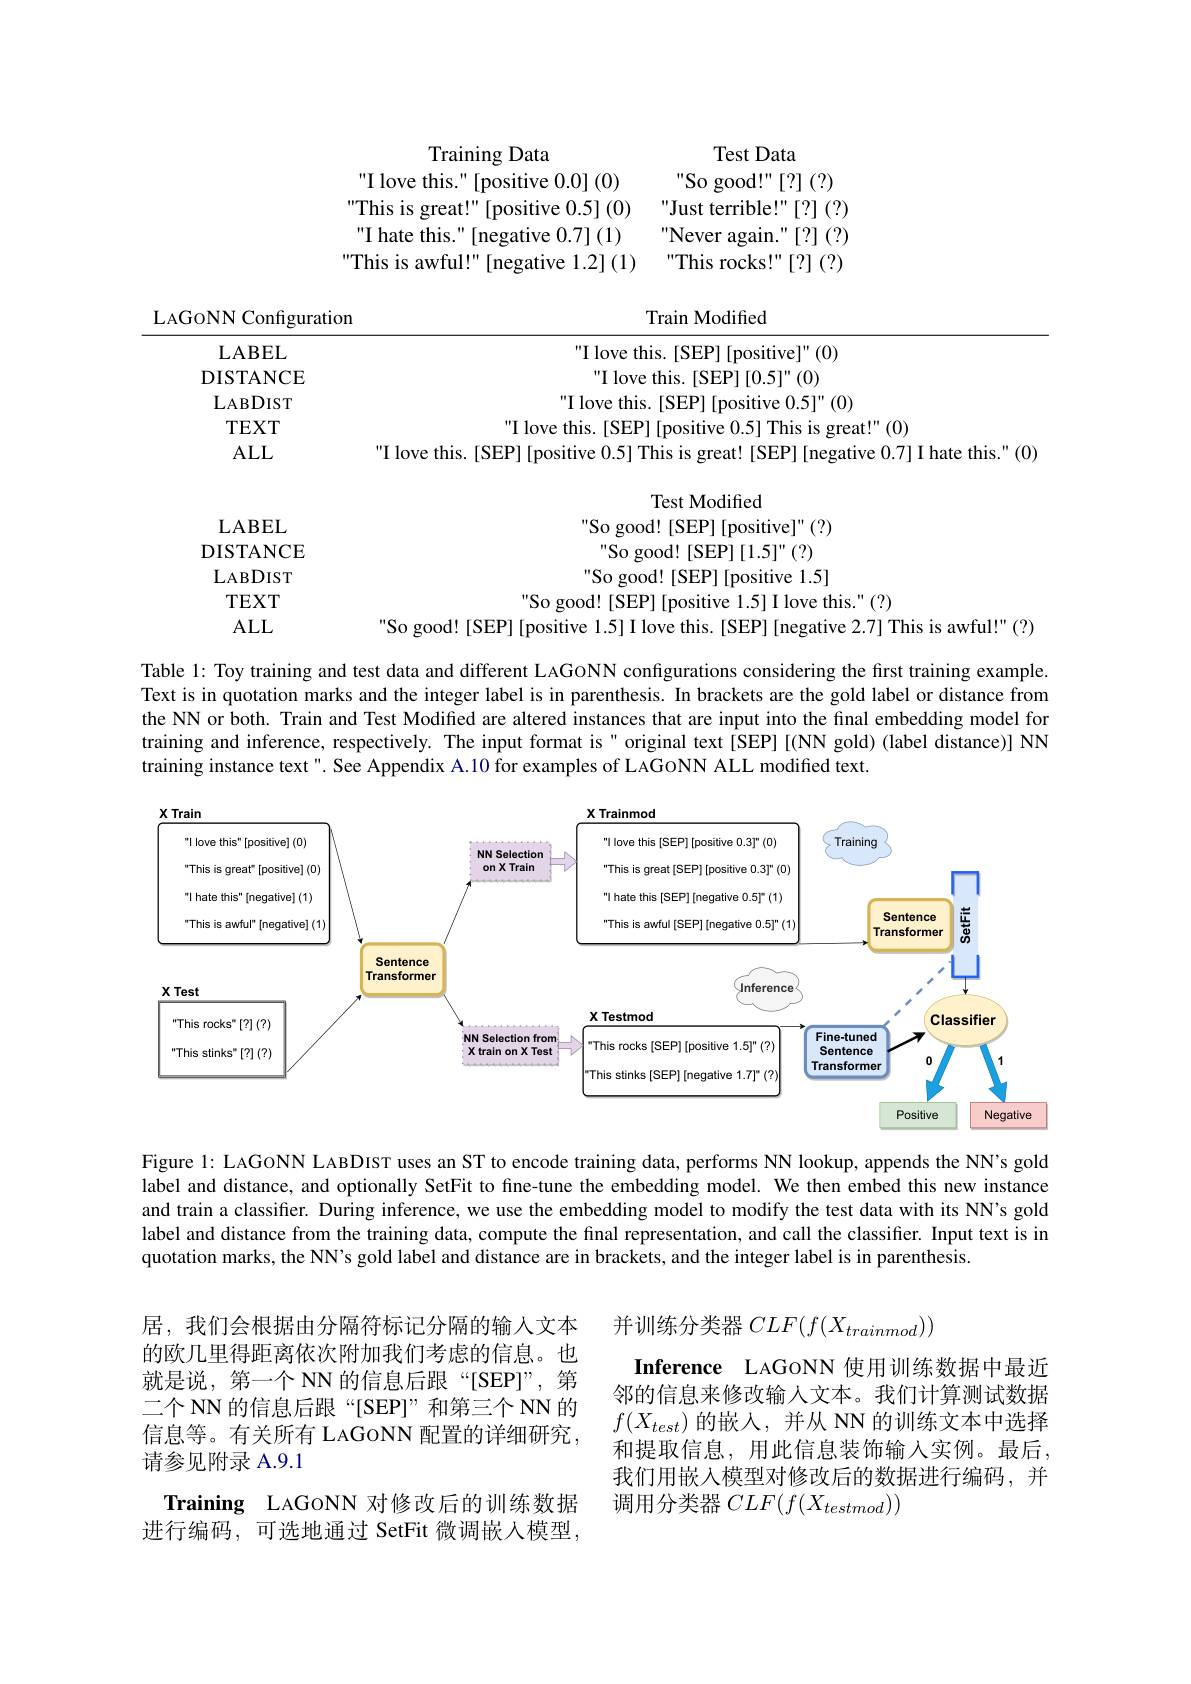
Training Data

Test Data

 " I love this. " [ positive 0. 0] ( 0)

 So good! " [ ? ] ( ? )

Just terrible!" [?] (?)

This is great!" [positive 0.5] (0)

I hate this." [negative 0.7](1)

Never again."[?](?)

This is awful!" [negative 1.2] (1)

This rocks!" [?] (?)

LAGONN Configuration

Train Modified

LABEL

 " I love this. [ SEP] [ positive] " ( 0)

DISTANCE

 I love this. [ SEP] [ 0. 5] " ( 0)

LABDIST

I love this. [SEP] [positive 0.5]" (0)

$TEXT$

I love this. [SEP] [positive 0.5] This is great!" (0)

ALL

I love this. [SEP] [positive 0.5] This is great! [SEP] [negative 0.7] I hate this."(0)

Test Modified

LABEL

So good! [SEP] [positive]"(?)

DISTANCE

 " So good! [ SEP] [ 1. 5] " ( ? )

LABDIST

So good! [SEP] [positive 1.5]

TEXT

So good! [SEP] [positive 1.5] I love this."(?)

So good! [SEP] [positive 1.5] I love this. [SEP] [negative 2.7] This is awful!" (?)

ALL

Table 1: Toy training and test data and different LAGONN confgurations considering the first training example. Text is in quotation marks and the integer label is in parenthesis. In brackets are the gold label or distance from the NN or both. Train and Test Modified are altered instances that are input into the final embedding model for training and inference, respectively. The input format is" original text [SEP] [(NN gold) (label distance)] NN training instance text". See Appendix A.10 for examples of LAGoNN ALL modified text.

<FigureHere>

Figure 1: LAGONN LABDIST uses an ST to encode training data, performs NN lookup, appends the NN's gold label and distance, and optionally SetFit to fine-tune the embedding model. We then embed this new instance and train a classifer. During inference, we use the embedding model to modify the test data with its NN's gold label and distance from the training data, compute the final representation, and call the classiffer. Input text is in quotation marks, the NN's gold label and distance are in brackets, and the integer label is in parenthesis

并训练分类器$CLF(f(X_trainmod))$

居，我们会根据由分隔符标记分隔的输入文本的欧几里得距离依次附加我们考虑的信息。也就是说，第一个 NN 的信息后跟“[SEP]”,第二个 NN 的信息后跟“[SEP]”和第三个 NN 的信息等。有关所有 LAGoNN 配置的详细研究， 请参见附录 A.9.1
Training LAGoNN 对修改后的训练数据进行编码，可选地通过 SetFit 微调嵌人模型

Inference LAGONN 使用训练数据中最近邻的信息来修改输入文本。我们计算测试数据$f(X_{test})$的嵌入，并从 NN 的训练文本中选择和提取信息，用此信息装饰输入实例。最后， 我们用嵌入模型对修改后的数据进行编码，并调用分类器$CLF(f(X_{testmod}))$